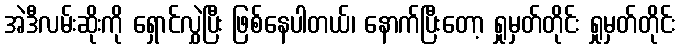
အဲဒီလမ်းဆိုးကို ရှောင်လွှဲပြီး ဖြစ်နေပါတယ်၊ နောက်ပြီးတော့ ရှုမှတ်တိုင်း ရှုမှတ်တိုင်း